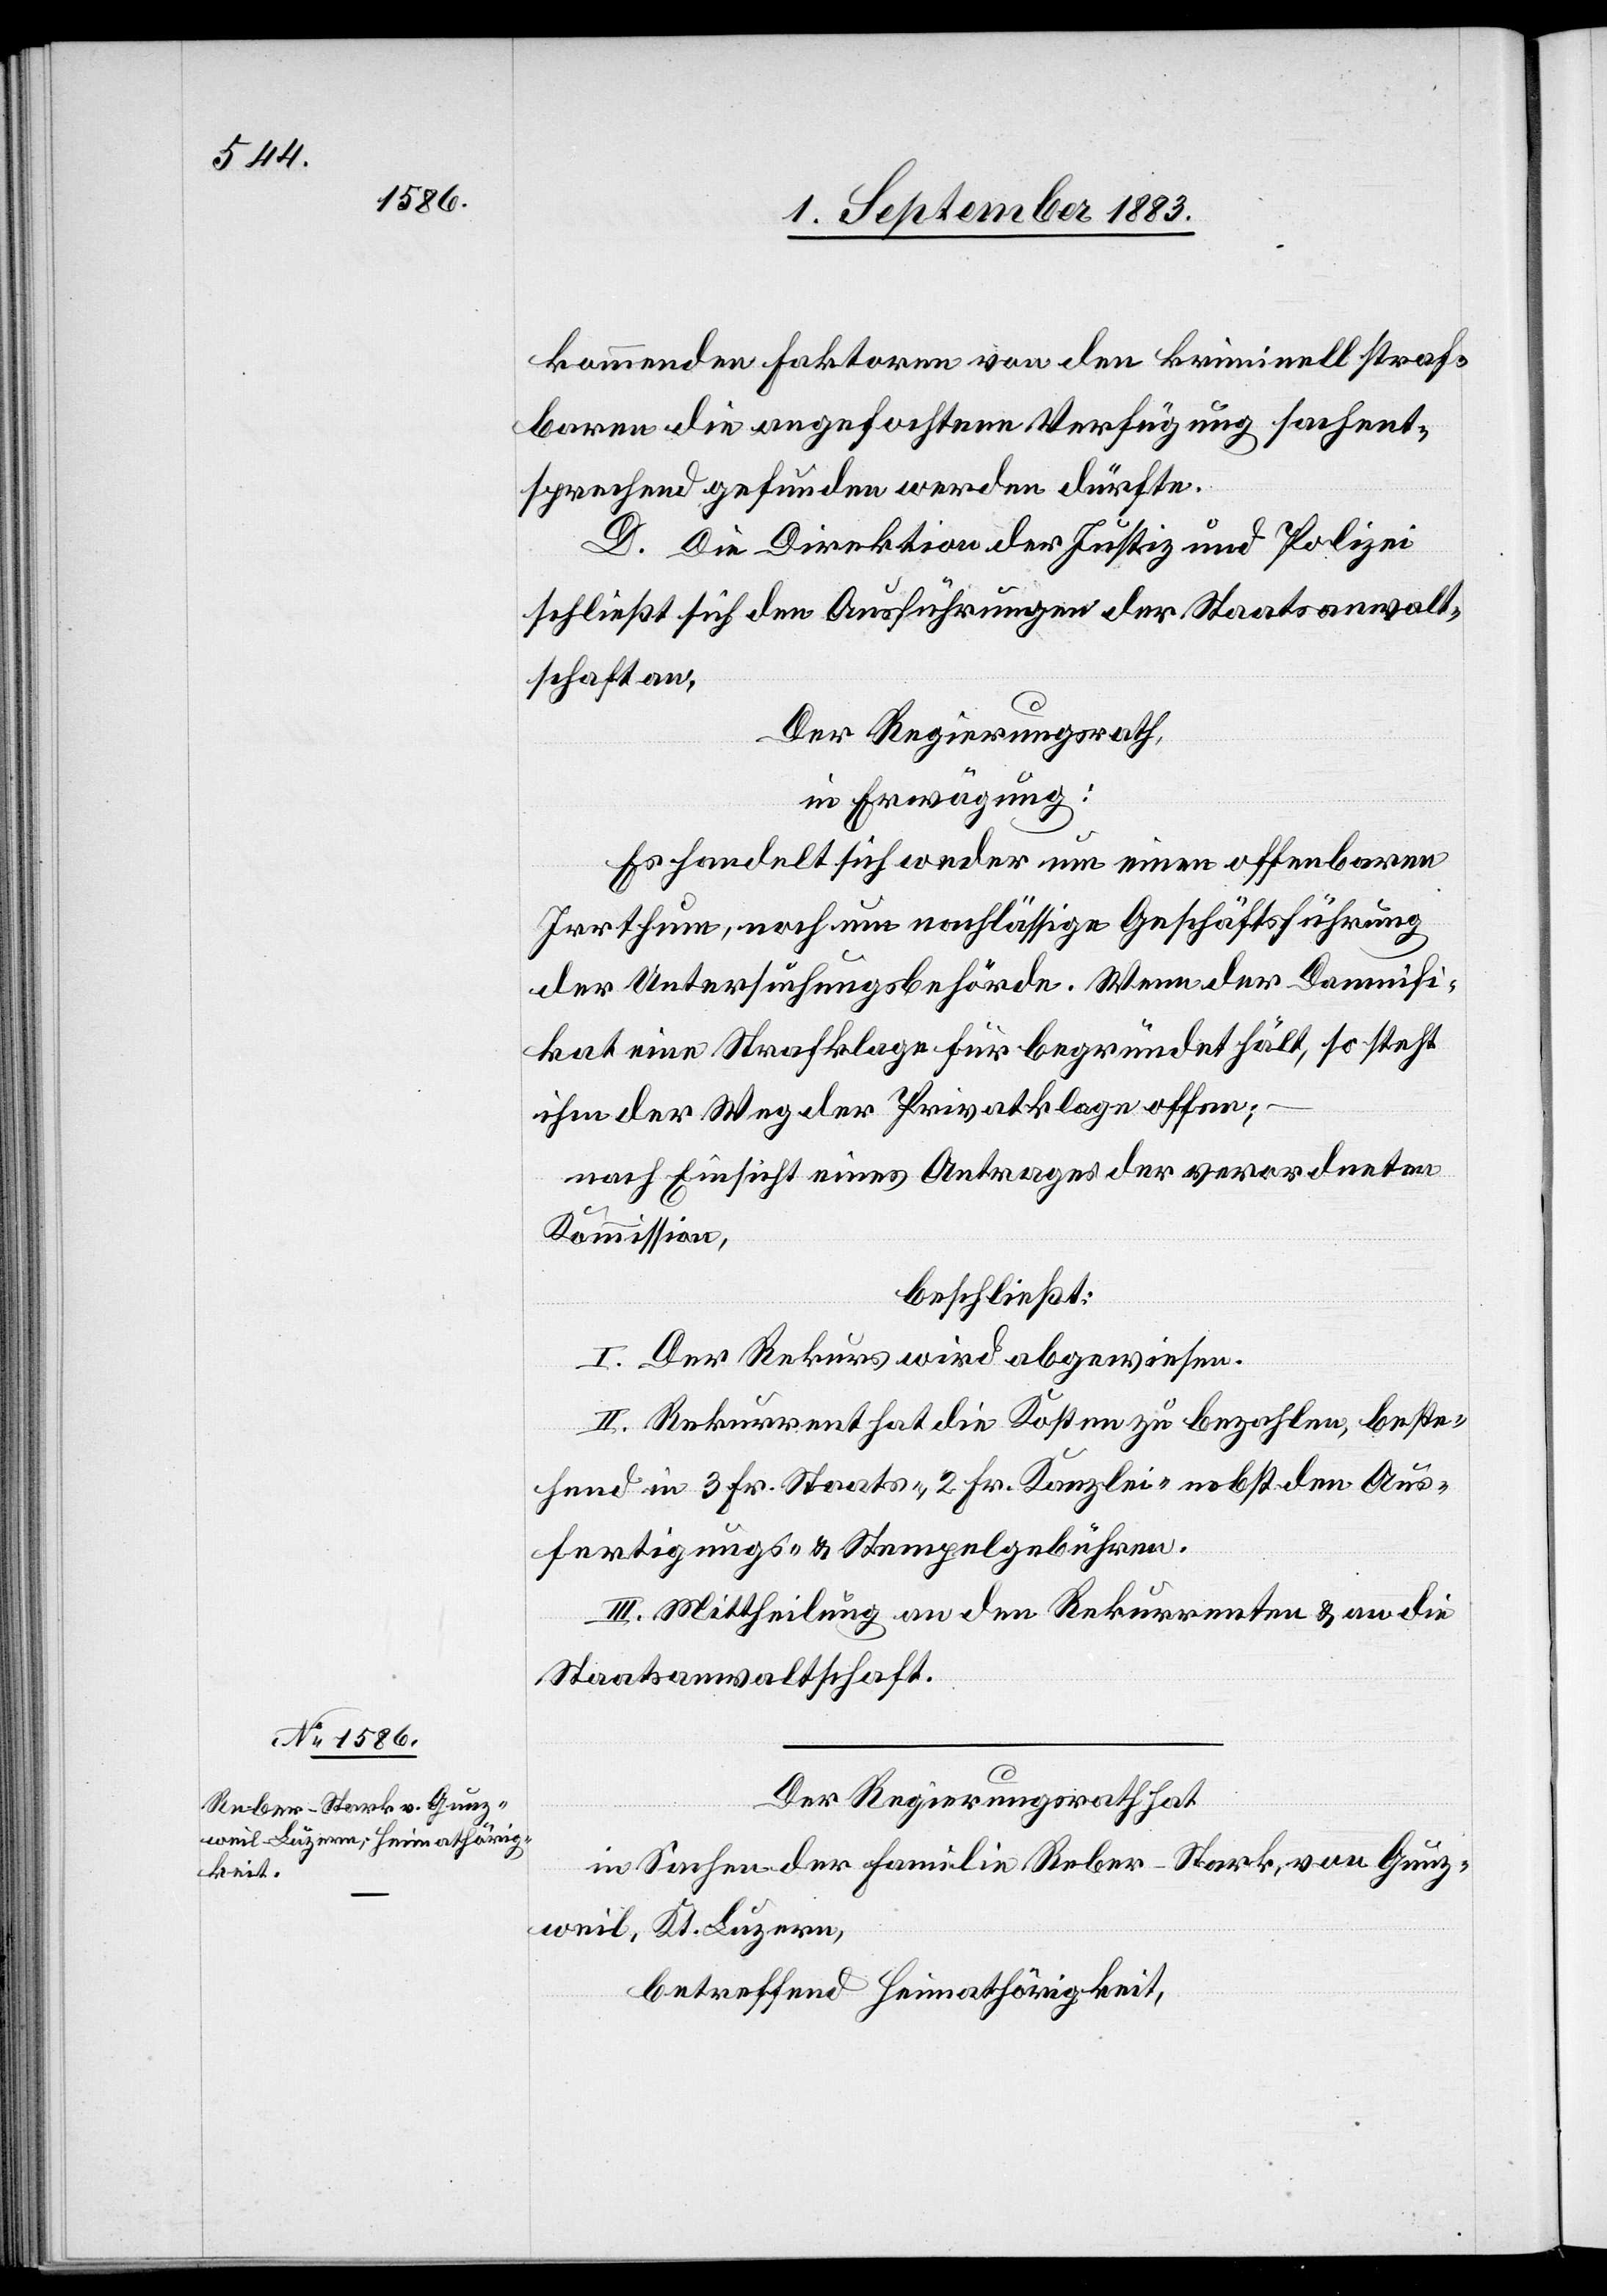
kommenden Faktoren von den kriminell straf¬
baren die angefochtene Verfügung sachent¬
sprechend gefunden werden dürfte.
D. Die Direktion der Justiz und Polizei
schließt sich den Ausführungen der Staatsanwalt¬
schaft an.
Der Regierungsrath,
in Erwägung:
Es handelt sich weder um einen offenbaren
Irrthum, noch um nachlässige Geschäftsführung
der Untersuchungsbehörde. Wenn der Damnifi¬
kat eine Strafklage für begründet hält, so steht
ihm der Weg der Privatklage offen;
nach Einsicht eines Antrages der verordneten
Kommission,
beschließt:
I. Der Rekurs wird abgewiesen.
II. Rekurrent hat die Kosten zu bezahlen, beste¬
hend in 3 Fr. Staats-, 2 Fr. Kanzlei- nebst den Aus¬
fertigungs- & Stempelgebühren.
III. Mittheilung an den Rekurrenten & an die
Staatsanwaltschaft.
Der Regierungsrath hat,
in Sachen der Familie Reber-Stark, von Gunz¬
weil, Kt. Luzern,
betreffend Heimathörigkeit,